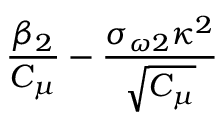
\frac { \beta _ { 2 } } { C _ { \mu } } - \frac { \sigma _ { \omega 2 } \kappa ^ { 2 } } { \sqrt { C _ { \mu } } }